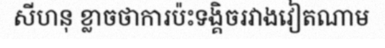
សីហនុ ខ្លាចថាការប៉ះទង្គិចរវាងវៀតណាម